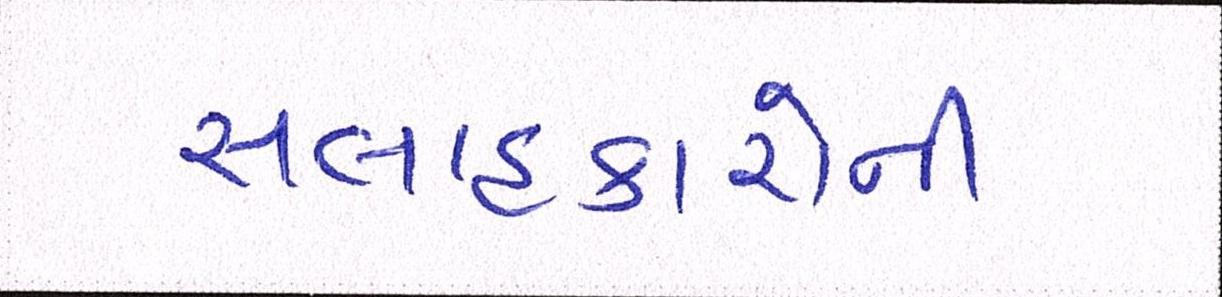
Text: સલાહકારોની